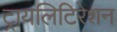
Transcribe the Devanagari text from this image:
ट्रायलिटिरेशन